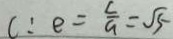
C : e = \frac { c } { a } = \sqrt { 5 }